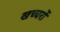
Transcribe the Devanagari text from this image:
खच्‍चरों